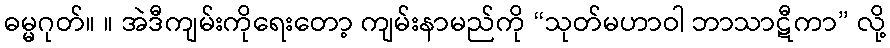
ဓမ္မဂုတ်။ ။ အဲဒီကျမ်းကိုရေးတော့ ကျမ်းနာမည်ကို “သုတ်မဟာဝါ ဘာသာဋီကာ” လို့